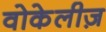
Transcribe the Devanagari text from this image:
वोकेलीज़